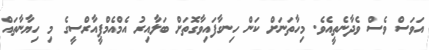
އަވަސް ވެސް ވެދާނެތީއެވެ. މިހާތަނަށް ކަން ހިނގާފައިވާގޮތަށް ބަލާއިރު އެމްއެމްޕީއާރްސީގެ މި ހިޔާނާތައް